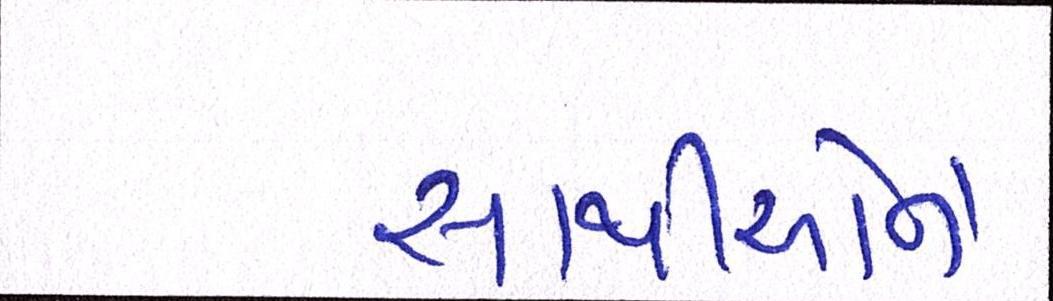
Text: સાથીઓને